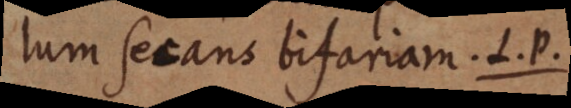
lum secans bifariam. L. P.